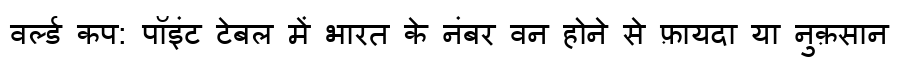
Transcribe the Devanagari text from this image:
वर्ल्ड कप: पॉइंट टेबल में भारत के नंबर वन होने से फ़ायदा या नुक़सान